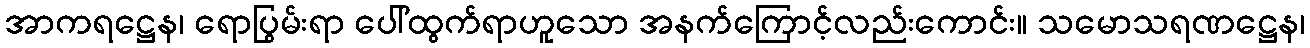
အာကရဋ္ဌေန၊ ရောပြွမ်းရာ ပေါ်ထွက်ရာဟူသော အနက်ကြောင့်လည်းကောင်း။ သမောသရဏဋ္ဌေန၊